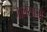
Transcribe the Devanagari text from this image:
जालसाजो